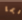
ربما